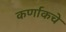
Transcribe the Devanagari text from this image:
कर्णाकचे